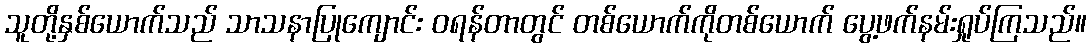
သူတို့နှစ်ယောက်သည် သာသနာပြုကျောင်း ဝရန်တာတွင် တစ်ယောက်ကိုတစ်ယောက် ပွေ့ဖက်နမ်းရှုပ်ကြသည်။